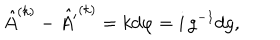
LaTeX: \hat { A } ^ { ( k ) } - \hat { A ^ { \prime } } ^ { ( k ) } = k { d \varphi } = { i } \, g ^ { - 1 } d g ,